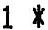
1 *